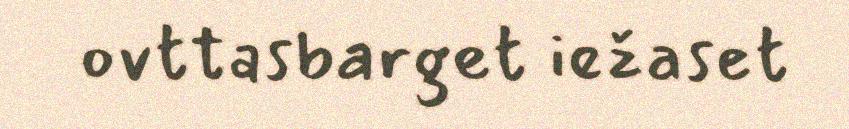
ovttasbarget iežaset